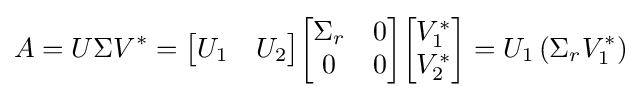
A=U\Sigma V^{*}={\begin{bmatrix}U_{1}&U_{2}\end{bmatrix}}{\begin{bmatrix}\Sigma _{r}&0\\0&0\end{bmatrix}}{\begin{bmatrix}V_{1}^{*}\\V_{2}^{*}\end{bmatrix}}=U_{1}\left(\Sigma _{r}V_{1}^{*}\right)